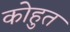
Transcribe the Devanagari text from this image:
कोहुत